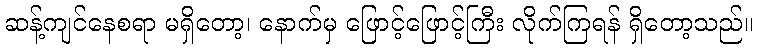
ဆန့်ကျင်နေစရာ မရှိတော့၊ နောက်မှ ဖြောင့်ဖြောင့်ကြီး လိုက်ကြရန် ရှိတော့သည်။